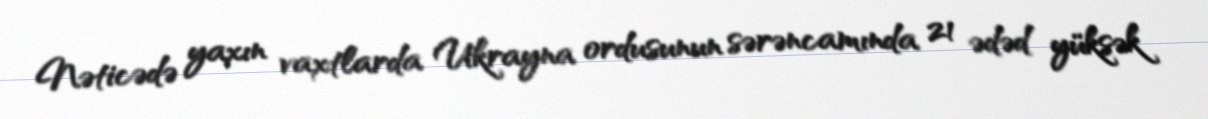
Nəticədə yaxın vaxtlarda Ukrayna ordusunun sərəncamında 21 ədəd yüksək